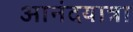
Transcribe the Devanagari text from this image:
आनंदयात्रा